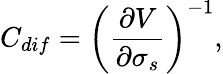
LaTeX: C_{dif}=\left(\frac{\partial V}{\partial{\sigma_{s}}}\right)^{-1},